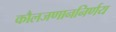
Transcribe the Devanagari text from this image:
कौलजणाननिर्णय